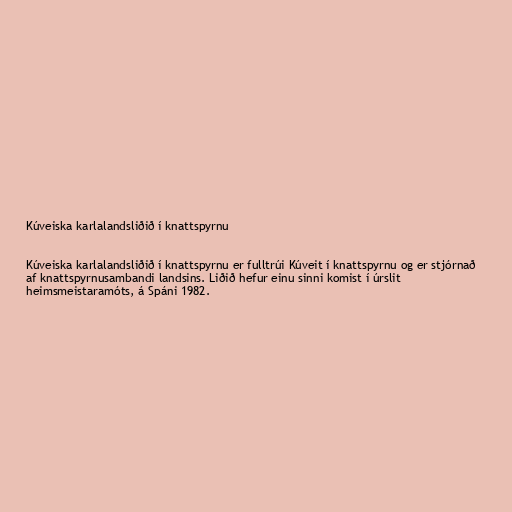
Kúveiska karlalandsliðið í knattspyrnu

Kúveiska karlalandsliðið í knattspyrnu er fulltrúi Kúveit í knattspyrnu og er stjórnað
af knattspyrnusambandi landsins. Liðið hefur einu sinni komist í úrslit
heimsmeistaramóts, á Spáni 1982.